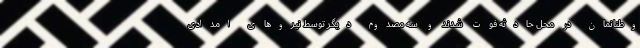
وطنانمان در محل حادثه فوت شدند و سه مصدوم دیگر توسط نیروهای امدادی